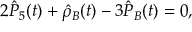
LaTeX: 2 \hat { P } _ { 5 } ( t ) + \hat { \rho } _ { B } ( t ) - 3 \hat { P } _ { B } ( t ) = 0 ,